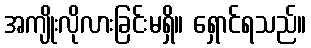
အကျိုးလိုလားခြင်းမရှိ။ ရှောင်ရသည်။